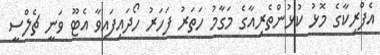
އެފްރިކާގެ މޮޅު ކުޅުންތެރިއާގެ މަގާމު ހަތަރު ފަހަރު ހޯދައިފައިވާ އެޓޫ ވަނީ ޗެލްސީ